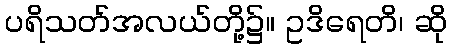
ပရိသတ်အလယ်တို့၌။ ဥဒိရေတိ၊ ဆို